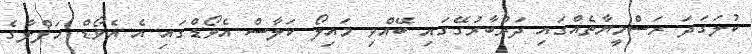
ކުލަގަދަ ރަސްމީޔާތެއްގައި ދަރުބާރުގޭގައި ބޭއްވި މައިލޯ ކަލާސް އެވޯޑްގައި އެ އެވޯޑް ހަފްލާގެ